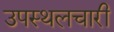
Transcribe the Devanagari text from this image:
उपस्थलचारी